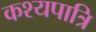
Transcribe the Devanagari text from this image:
कश्यपात्रि